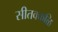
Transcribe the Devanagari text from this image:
सीतक्कळि